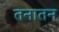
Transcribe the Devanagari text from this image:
तनातन